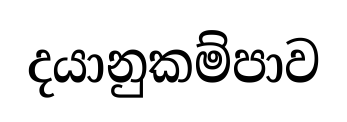
දයානුකම්පාව